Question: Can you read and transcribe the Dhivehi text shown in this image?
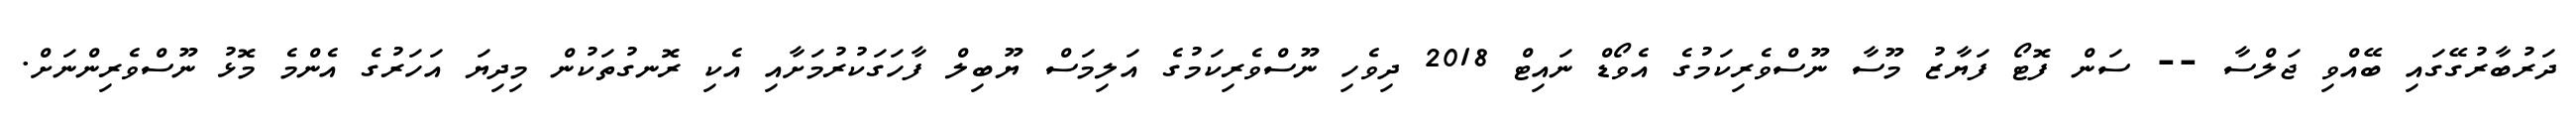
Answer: ދަރުބާރުގޭގައި ބޭއްވި ޖަލްސާ -- ސަން ފޮޓޯ ފަޔާޒު މޫސާ ނޫސްވެރިކަމުގެ އެވޯޑް ނައިޓް 2018 ދިވެހި ނޫސްވެރިކަމުގެ އަލިމަސް ޔޫބިލް ފާހަގަކުރުމަށާއި އެކި ރޮނގުތަކުން މިދިޔަ އަހަރުގެ އެންމެ މޮޅު ނޫސްވެރިންނަށް.